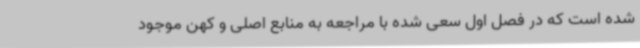
شده است که در فصل اول سعی شده با مراجعه به منابع اصلی و کهن موجود